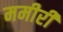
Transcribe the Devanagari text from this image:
ममीरी